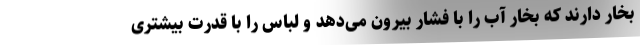
بخار دارند که بخار آب را با فشار بیرون می‌دهد و لباس را با قدرت بیشتری